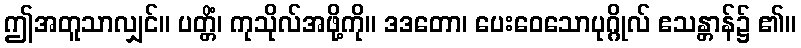
ဤအတူသာလျှင်။ ပတ္တိံ၊ ကုသိုလ်အဖို့ကို။ ဒဒတော၊ ပေးဝေသောပုဂ္ဂိုလ် ဧသန္တာန်၌ ၏။